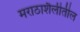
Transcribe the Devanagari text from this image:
मराठाशैलीतील